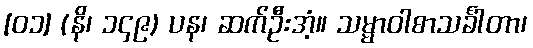
[၀၁] (နိ၊ ၁၄၉) ပန၊ ဆက်ဦးအံ့။ သမ္မာဝါစာသင်္ခါတာ၊